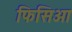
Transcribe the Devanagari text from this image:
फिसिआ